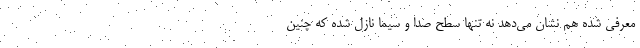
معرفی شده هم نشان می‌دهد نه تنها سطح صدا و سیما نازل شده که چنین